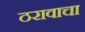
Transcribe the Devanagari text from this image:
ठरावाचा